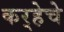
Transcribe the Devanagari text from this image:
कर्‍हेचे